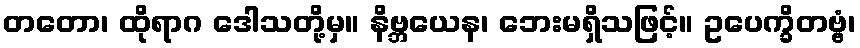
တတော၊ ထိုရာဂ ဒေါသတို့မှ။ နိဗ္ဘယေန၊ ဘေးမရှိသဖြင့်။ ဥပေက္ခိတဗ္ဗံ၊